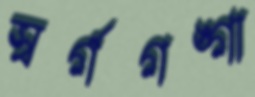
স্বর্গগঙ্গা